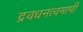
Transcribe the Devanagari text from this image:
द्रवधनत्वमापी